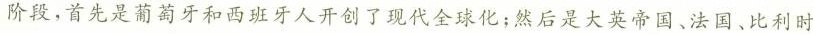
阶段，首先是葡萄牙和西班牙人开创了现代全球化；然后是大英帝国、法国、比利时